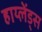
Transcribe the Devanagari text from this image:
हाय्लेंड्स